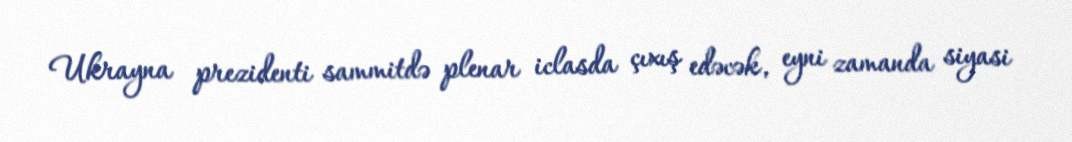
Ukrayna prezidenti sammitdə plenar iclasda çıxış edəcək, eyni zamanda siyasi